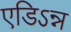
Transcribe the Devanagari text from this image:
एडिऽन्न